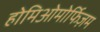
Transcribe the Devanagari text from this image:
होमिओमोर्फिज़म